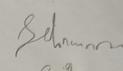
Signature authenticity: forged